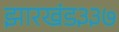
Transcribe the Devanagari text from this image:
झारखंड३३७